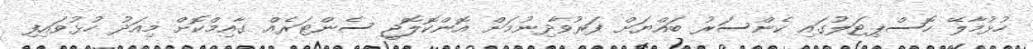
ހުޅުމާލޭ ހޮސްޕިޓަލުގައި ކެންސަރު ބައްޔަށް ފަރުވާދިނުމަށް އޮންކޮލޮޖީ ސެންޓަރެއް ގާއިމްކޮށް މިއަދު ހުޅުވައިފި